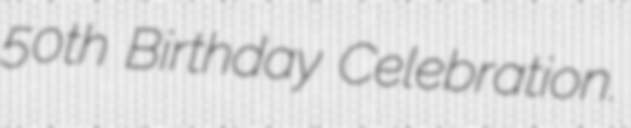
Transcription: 50th Birthday Celebration.